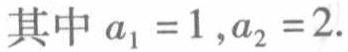
其中 \(a_{1}=1,a_{2}=2.\)